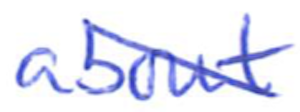
Text: about
Cross-out: diagonal
Writing tool: ballpoint